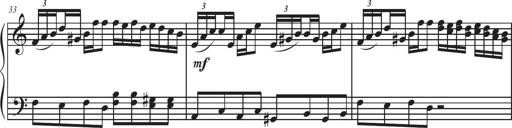
Title: Sonatina Espania
Composer: Jerald Franklin Archer
Key: Various